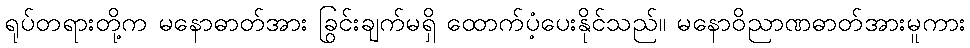
ရုပ်တရားတို့က မနောဓာတ်အား ခြွင်းချက်မရှိ ထောက်ပံ့ပေးနိုင်သည်။ မနောဝိညာဏဓာတ်အားမူကား